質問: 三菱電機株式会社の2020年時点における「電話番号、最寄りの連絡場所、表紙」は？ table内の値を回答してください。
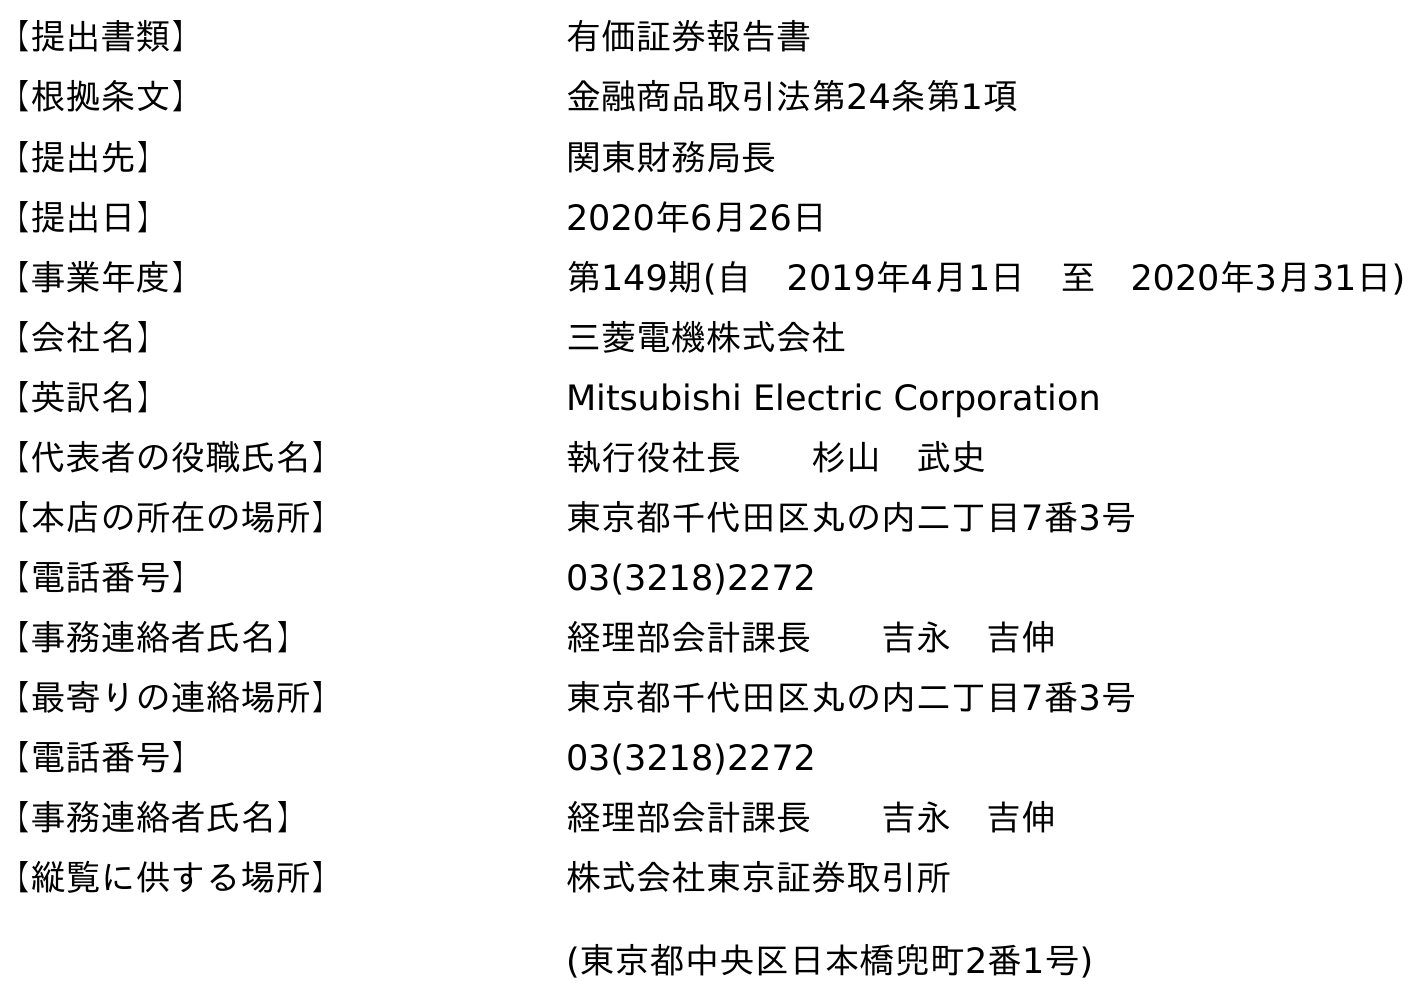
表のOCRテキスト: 【提出書類】 有価証券報告書 【根拠条文】 金融商品取引法第24条第1項 【提出先】 関東財務局長 【提出日】 2020年6月26日 【事業年度】 第149期(自 2019年4月1日 至 2020年3月31日) 【会社名】 三菱電機株式会社 【英訳名】 Mitsubishi Electric Corporation 【代表者の役職氏名】 執行役社長  杉山 武史 【本店の所在の場所】 東京都千代田区丸の内二丁目7番3号 【電話番号】 03(3218)2272 【事務連絡者氏名】 経理部会計課長  吉永 吉伸 【最寄りの連絡場所】 東京都千代田区丸の内二丁目7番3号 【電話番号】 03(3218)2272 【事務連絡者氏名】 経理部会計課長  吉永 吉伸 【縦覧に供する場所】 株式会社東京証券取引所 (東京都中央区日本橋兜町2番1号)
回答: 03(3218)2272